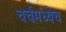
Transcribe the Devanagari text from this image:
चर्चमध्येच